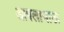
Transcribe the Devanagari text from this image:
आपलाभाऊ